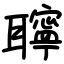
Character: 聹